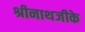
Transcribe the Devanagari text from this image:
श्रीनाथजीके